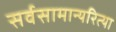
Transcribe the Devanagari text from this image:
सर्वसामान्यरित्या